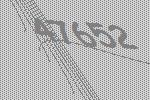
47652